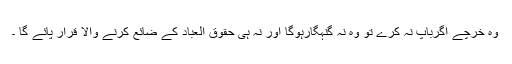
وہ خرچے اگرباپ نہ کرے تو وہ نہ گنہگارہوگا اور نہ ہی حقوق العباد کے ضائع کرنے والا قرار پائے گا ۔